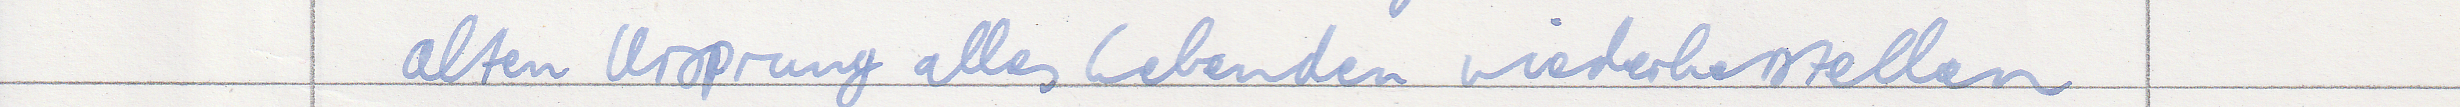
alten Ursprung alles Lebenden wiederherstellen